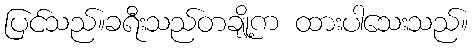
ပြင်သည်။ခရီးသည်တချို့က ထားပါသေးသည်။